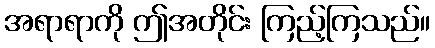
အရာရာကို ဤအတိုင်း ကြည့်ကြသည်။